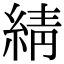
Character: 綪